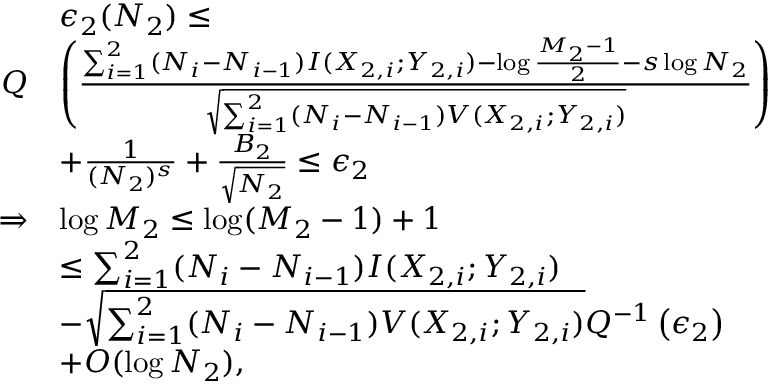
\begin{array} { r l } & { \epsilon _ { 2 } ( N _ { 2 } ) \leq } \\ { Q } & { \left( \frac { \sum _ { i = 1 } ^ { 2 } ( N _ { i } - N _ { i - 1 } ) I ( X _ { 2 , i } ; Y _ { 2 , i } ) - \log \frac { M _ { 2 } - 1 } { 2 } - s \log N _ { 2 } } { \sqrt { \sum _ { i = 1 } ^ { 2 } ( N _ { i } - N _ { i - 1 } ) V ( X _ { 2 , i } ; Y _ { 2 , i } ) } } \right) } \\ & { + \frac { 1 } { ( N _ { 2 } ) ^ { s } } + \frac { B _ { 2 } } { \sqrt { N _ { 2 } } } \leq \epsilon _ { 2 } } \\ { \Rightarrow } & { \log M _ { 2 } \leq \log ( M _ { 2 } - 1 ) + 1 } \\ & { \leq \sum _ { i = 1 } ^ { 2 } ( N _ { i } - N _ { i - 1 } ) I ( X _ { 2 , i } ; Y _ { 2 , i } ) } \\ & { - \sqrt { \sum _ { i = 1 } ^ { 2 } ( N _ { i } - N _ { i - 1 } ) V ( X _ { 2 , i } ; Y _ { 2 , i } ) } Q ^ { - 1 } \left( \epsilon _ { 2 } \right) } \\ & { + O ( \log N _ { 2 } ) , } \end{array}